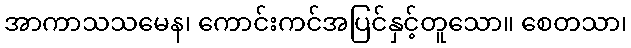
အာကာသသမေန၊ ကောင်းကင်အပြင်နှင့်တူသော။ စေတသာ၊